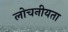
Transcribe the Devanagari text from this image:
लोचनीयता